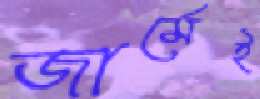
জার্মেই